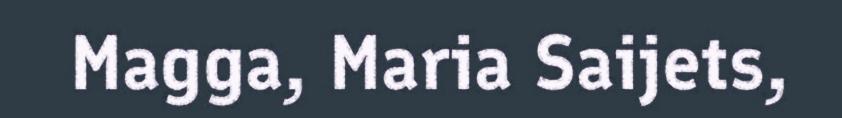
Magga, Maria Saijets,